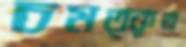
চমত্কৃত